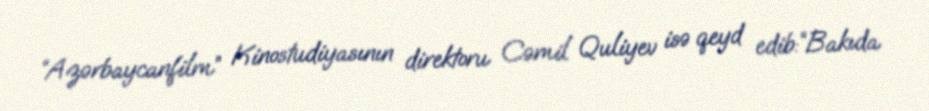
“Azərbaycanfilm” Kinostudiyasının direktoru Cəmil Quliyev isə qeyd edib:“Bakıda